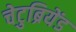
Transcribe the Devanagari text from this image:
चेटुब्रियेंड